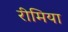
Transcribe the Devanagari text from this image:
रीमिया